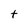
Character: t